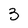
Character: 3